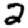
Digit: 2